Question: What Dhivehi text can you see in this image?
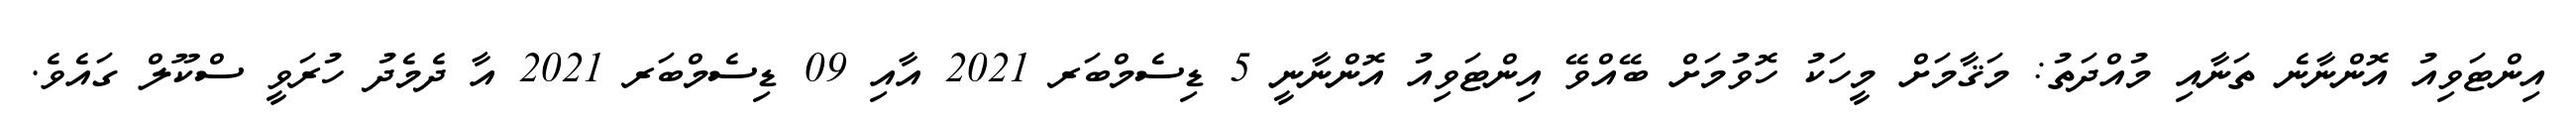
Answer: އިންޓަވިއު އޮންނާނެ ތަނާއި މުއްދަތު: މަޤާމަށް މީހަކު ހޮވުމަށް ބޭއްވޭ އިންޓަވިއު އޮންނާނީ 5 ޑިސެމްބަރ 2021 އާއި 09 ޑިސެމްބަރ 2021 އާ ދެމެދު ހުރަވީ ސްކޫލް ގައެވެ.